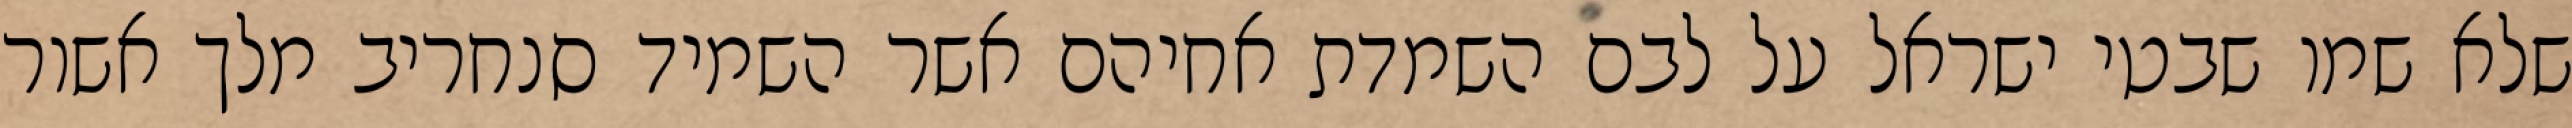
שלא שמו שבטי ישראל על לבם השמדת אחיהם אשר השמיד סנחריב מלך אשור